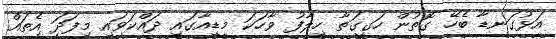
އަޅުގަނޑާ ބެހޭ ގޮތުން ހަގީގަތާ ހިލާފު ވާހަކަ މީޑިއާގައި ދައްކަވައި މިފަދަ އެތައް